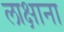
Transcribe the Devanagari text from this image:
लाक्षाना